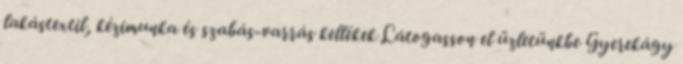
lakástextil, kézimunka és szabás-varrás kellékek Látogasson el üzletünkbe Gyerekágy